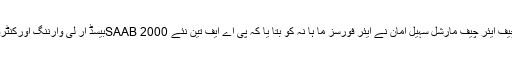
پاکستان ایئر فو رس کے چیف ایئر چیف مارشل سہیل امان نے ایئر فورسز ما ہا نہ کو بتا یا کہ پی اے ایف تین نئے SAAB 2000بیسڈ ار لی وارننگ اورکنٹرول ایئر کرافٹ خریدے گا۔